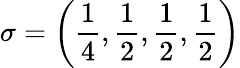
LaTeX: \sigma=\left(\frac{1}{4},\frac{1}{2},\frac{1}{2},\frac{1}{2}\right)